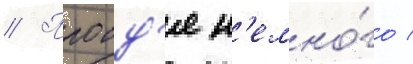
// Проид'я н'емно́го /